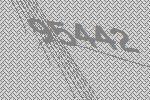
95442